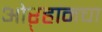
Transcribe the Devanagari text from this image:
ओऱ्हानचा